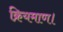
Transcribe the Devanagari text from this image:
क्रियमाण।